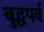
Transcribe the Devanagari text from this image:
बुद्धपर्व